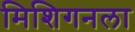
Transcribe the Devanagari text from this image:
मिशिगनला